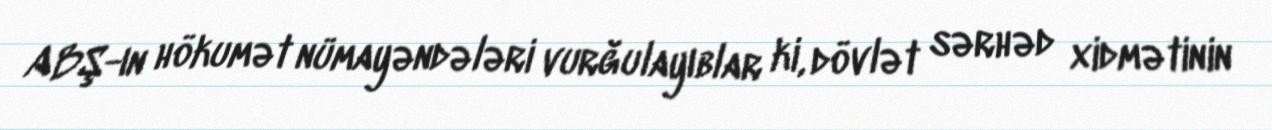
ABŞ-ın hökumət nümayəndələri vurğulayıblar ki, dövlət sərhəd xidmətinin